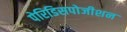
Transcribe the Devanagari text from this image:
पेरिडिसपोजीशन